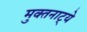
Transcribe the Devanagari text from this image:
मुक्‍तनाट्ये